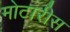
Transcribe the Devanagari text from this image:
मोटारीस